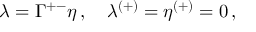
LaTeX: \lambda = \Gamma ^ { + - } \eta \, , \quad \lambda ^ { ( + ) } = \eta ^ { ( + ) } = 0 \, ,